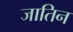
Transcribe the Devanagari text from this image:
जातिन